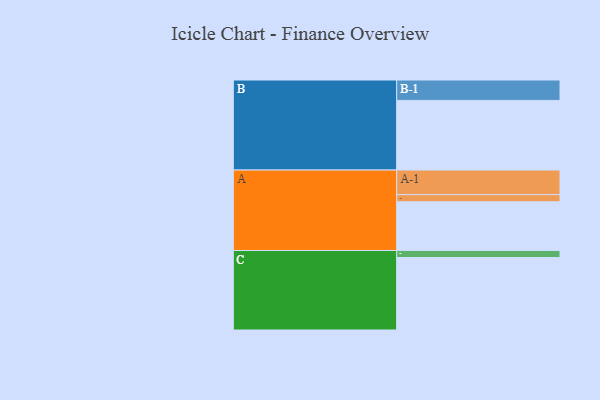
{"axis": {"x": "Segment", "y": "Value"}, "legend": ["", "A", "B", "C"], "data": [{"x": "A", "y": 365, "type": ""}, {"x": "B", "y": 522, "type": ""}, {"x": "C", "y": 543, "type": ""}, {"x": "A-1", "y": 184, "type": "A"}, {"x": "A-2", "y": 54, "type": "A"}, {"x": "B-1", "y": 153, "type": "B"}, {"x": "C-1", "y": 53, "type": "C"}]}